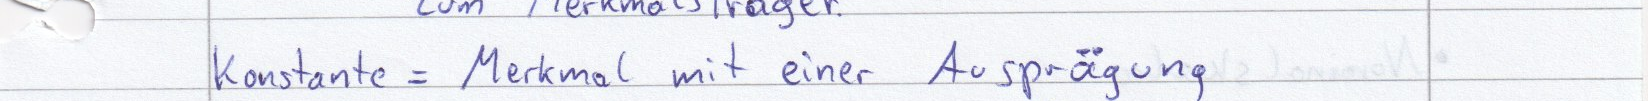
Konstante = Merkmal mit einer Ausprägung